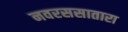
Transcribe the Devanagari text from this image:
नवरससातारा